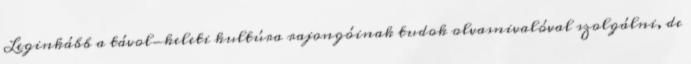
Leginkább a távol-keleti kultúra rajongóinak tudok olvasnivalóval szolgálni, de